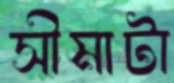
সীমাটা